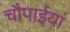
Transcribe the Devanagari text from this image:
चौपाईयां